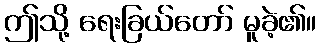
ဤသို့ ရေးခြယ်တော် မူခဲ့၏။